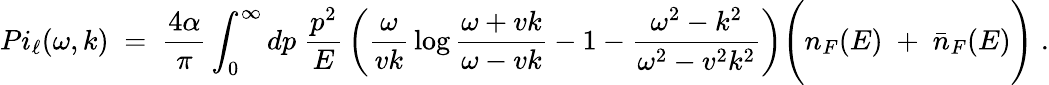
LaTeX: {Pi_{\ell}(\omega,k)\; =\; {\frac{4\alpha}{\pi}}\int_{0}^{\infty}dp\; {\frac{p^{2}}{E}}\left({\frac{\omega}{vk}}\log{\frac{\omega+vk}{\omega-vk}}-1-{\frac{\omega^{2}-k^{2}}{\omega^{2}-v^{2}k^{2}}}\right)\Bigg(n_{F}(E)\; +\; {\bar{n}}_{F}(E)\Bigg)\; .}